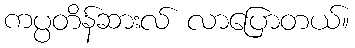
ကပ္ပတိန်ဆားလ် လာပြောတယ်။